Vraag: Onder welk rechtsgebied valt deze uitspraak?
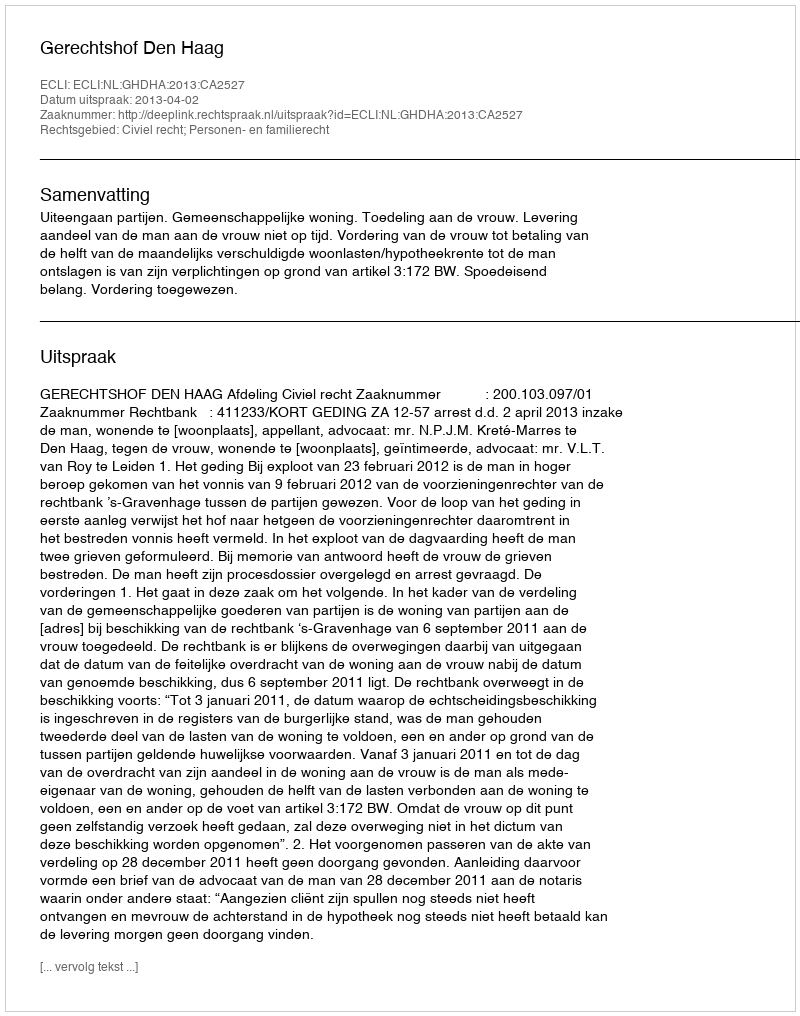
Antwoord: Civiel recht; Personen- en familierecht